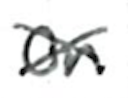
Text: on
Cross-out: cross
Writing tool: ballpoint